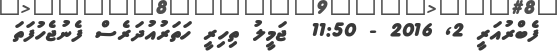
ފެބްރުއަރީ 2